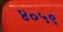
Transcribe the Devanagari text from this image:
४०५९